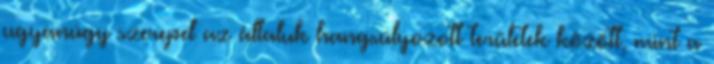
ugyanúgy szerepel az általuk hangsúlyozott területek között, mint a